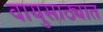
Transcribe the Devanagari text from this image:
वायुसाठ्यात